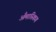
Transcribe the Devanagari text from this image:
अँमास्किग